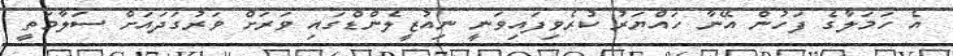
އެ ހަމަލާގެ ފަހުން އޭނާ ހައްޔަރު ކުރެވިފައިވަނީ ނިއުޒީލެންޑްގައި ވަރަށް ވަރުގަދައަށް ސަލާމަތީ